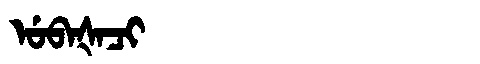
Manchu: ᡠᠪᠠᡧᠠᠴᡳ
Romanization: UBAŠACI